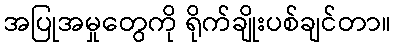
အပြုအမှုတွေကို ရိုက်ချိုးပစ်ချင်တာ။